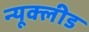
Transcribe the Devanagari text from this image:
न्यूक्लीड